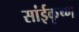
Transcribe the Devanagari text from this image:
सांईकृष्‍ण